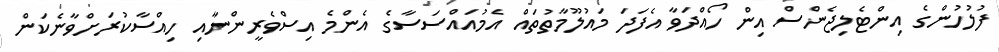
ފުލުހުންގެ އިންޓެލިޖެންސް އިން ހޯއްދަވާ އެފަދަ މައުލޫމާތުތައް އެމުއައްސަސާގެ އެންމެ އިސްވެރީންނާއި ހިއްސާކުރަށްވާނެކަން